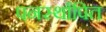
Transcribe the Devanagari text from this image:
पनर्स्थापित